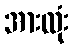
အားလုံး